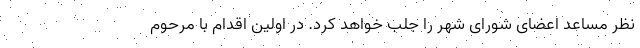
نظر مساعد اعضای شورای شهر را جلب خواهد کرد. در اولین اقدام با مرحوم